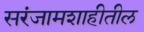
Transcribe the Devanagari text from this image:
सरंजामशाहीतील